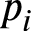
p _ { i }